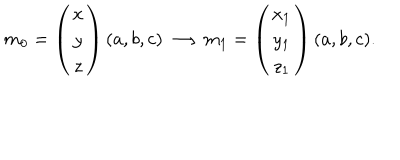
m _ { 0 } = \left( \begin{array} { c } { { x } } \\ { { y } } \\ { { z } } \\ \end{array} \right) ( a , b , c ) \longrightarrow m _ { 1 } = \left( \begin{array} { c } { { x _ { 1 } } } \\ { { y _ { 1 } } } \\ { { z _ { 1 } } } \\ \end{array} \right) ( a , b , c ) .